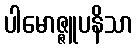
ပါမောဇ္ဇူပနိသာ